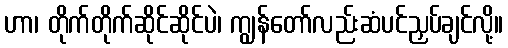
ဟာ၊ တိုက်တိုက်ဆိုင်ဆိုင်ပဲ၊ ကျွန်တော်လည်းဆံပင်ညှပ်ချင်လို့။